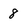
Character: 8